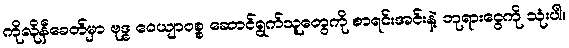
ကိုလိုနီခေတ်မှာ ဗုဒ္ဓ ဝေယျာဝစ္စ ဆောင်ရွက်သူတွေကို စာရင်းအင်းနဲ့ ဘုရားငွေကို သုံးပါ။